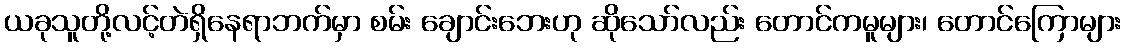
ယခုသူတို့လင့်တဲရှိနေရာဘက်မှာ စမ်း ချောင်းဘေးဟု ဆိုသော်လည်း တောင်ကမူများ၊ တောင်ကြောများ